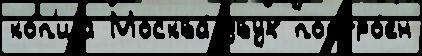
ко́п'иjа Москва́ двух постро́ен